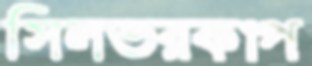
সিলভরকাপ